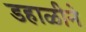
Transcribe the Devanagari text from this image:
डहाळीने